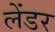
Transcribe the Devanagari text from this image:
लेंडर